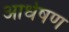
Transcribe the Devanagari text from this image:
आर्धषण